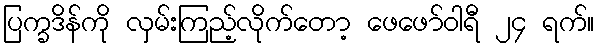
ပြက္ခဒိန်ကို လှမ်းကြည့်လိုက်တော့ ဖေဖော်ဝါရီ ၂၄ ရက်။